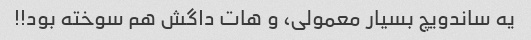
یه ساندویچ بسیار معمولى، و هات داگش هم سوخته بود!!